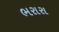
ભરારા